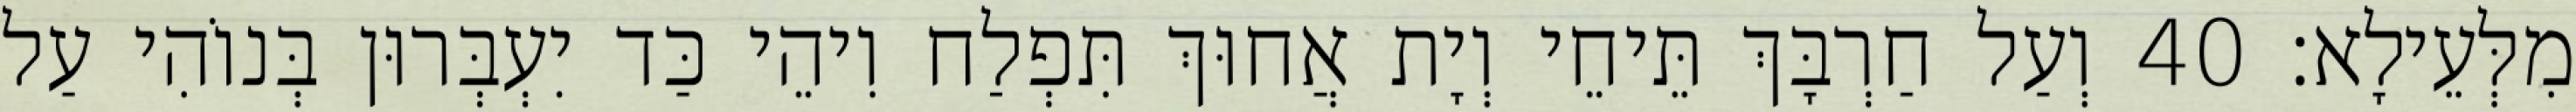
מִלְּעֵילָא׃ 40 וְעַל חַרְבָּךְ תֵּיחֵי וְיָת אֲחוּךְ תִּפְלַח וִיהֵי כַּד יִעְבְּרוּן בְּנוֹהִי עַל